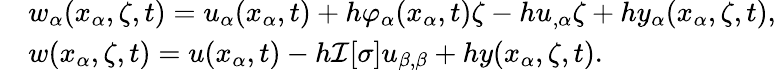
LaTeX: \begin{array}{rl}&{w_{\alpha}(x_{\alpha},\zeta,t)=u_{\alpha}(x_{\alpha},t)+h\varphi_{\alpha}(x_{\alpha},t)\zeta-hu_{,\alpha}\zeta+hy_{\alpha}(x_{\alpha},\zeta,t),}\\ &{w(x_{\alpha},\zeta,t)=u(x_{\alpha},t)-h\mathcal{I}[\sigma]u_{\beta,\beta}+hy(x_{\alpha},\zeta,t).}\end{array}